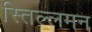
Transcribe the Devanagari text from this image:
स्तिल्लमन